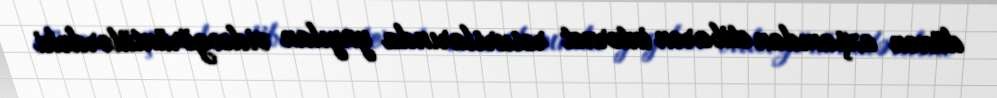
dünən axşamdan etibarən internet resurslarında yayılan videogörüntülərdəki